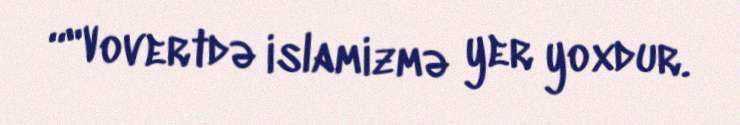
“"Vovertdə islamizmə yer yoxdur.